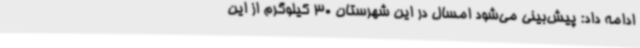
ادامه داد: پیش‌بینی می‌شود امسال در این شهرستان 30 کیلوگرم از این